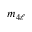
m _ { 4 \ell }